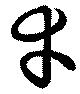
幸